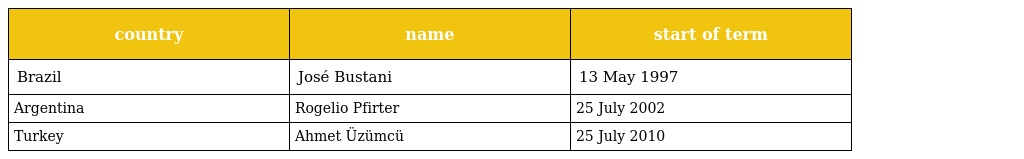
| country | name | start of term |
 | --- | --- | --- |
 | Brazil | José Bustani | 13 May 1997 |
 | Argentina | Rogelio Pfirter | 25 July 2002 |
 | Turkey | Ahmet Üzümcü | 25 July 2010 |